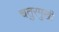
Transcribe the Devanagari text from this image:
चतुरमुखी